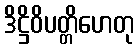
ဒိဋ္ဌိဝိပတ္တိဟေတု